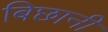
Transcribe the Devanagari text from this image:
बिछानी